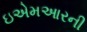
ઇએમઆરની